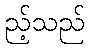
ည့်သည်